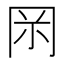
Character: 𠕚